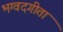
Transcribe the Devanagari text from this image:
भग्वदगीता